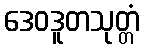
ဒေဝဒူတသုတ္တံ